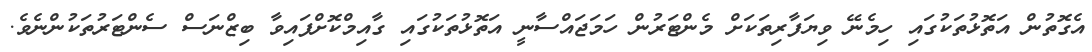
އެގޮތުން އަތޮޅުތަކުގައި ހިމެނޭ ވިޔަފާރިތަކަށް މެންޓަރުން ހަމަޖައްސާނީ އަތޮޅުތަކުގައި ގާއިމްކޮށްފައިވާ ބިޒްނަސް ސެންޓަރުތަކުންނެވެ.